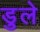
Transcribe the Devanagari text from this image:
डुले